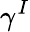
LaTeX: \gamma^{I}